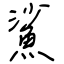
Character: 鯊